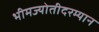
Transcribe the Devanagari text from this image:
भीमज्योतीदरम्यान